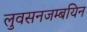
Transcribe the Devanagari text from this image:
लुवसनजम्बयिन